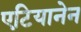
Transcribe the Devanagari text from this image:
एटियानेन